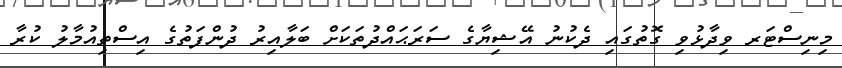
މިނިސްޓަރ ވިދާޅުވި ގޮތުގައި ދެކުނު އޭޝިޔާގެ ސަރަޙައްދުތަކަށް ބަލާއިރު ދުންފަތުގެ އިސްތިއުމާލު ކުރާ